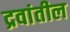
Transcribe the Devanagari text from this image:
द्रवांतील